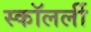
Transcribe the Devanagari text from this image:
स्कॉलर्ली